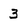
Character: 3